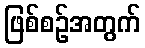
ဖြစ်စဉ်အတွက်